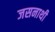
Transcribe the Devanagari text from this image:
जसनाथी